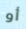
أو